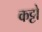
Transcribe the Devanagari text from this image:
कट्टो